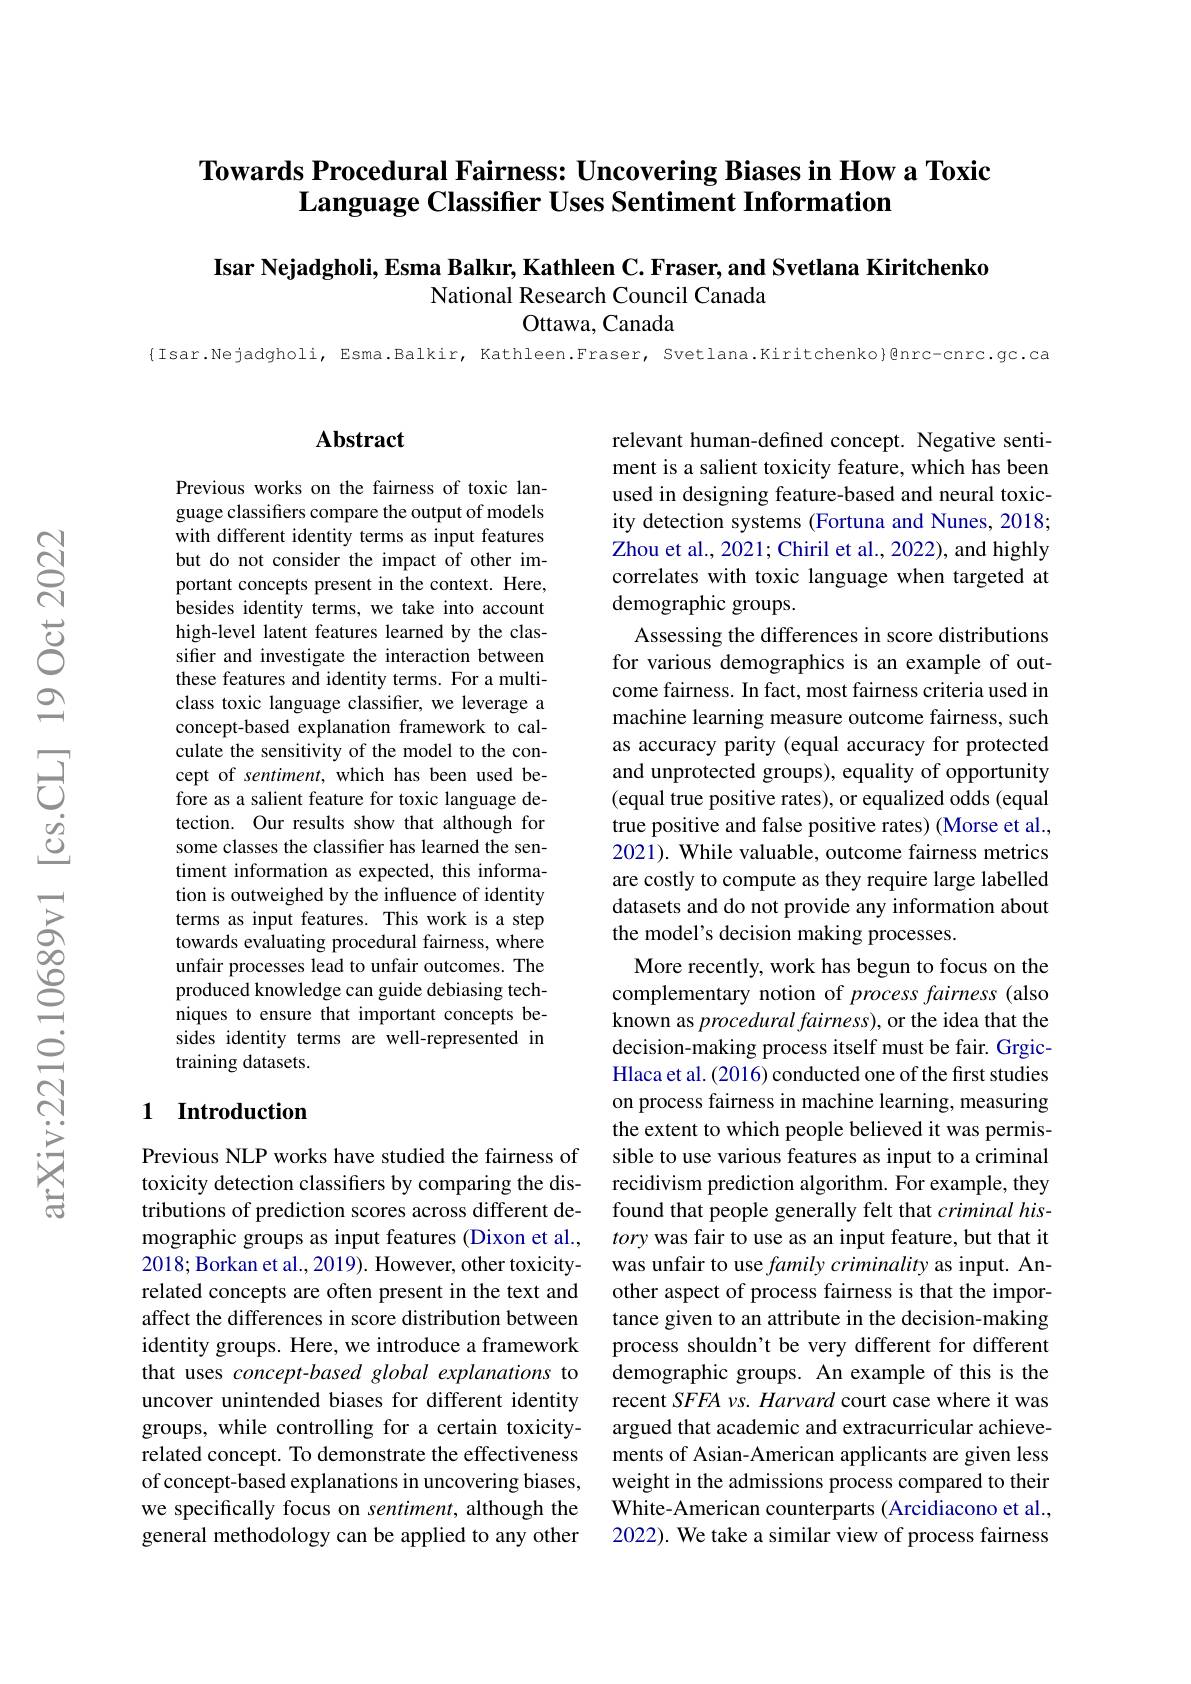
## Towards Procedural Fairness: Uncovering Biases in How a Toxic $\textbf{Language Classifier Uses Sentiment Information}$

Isar Nejadgholi, Esma Balkır, Kathleen C. Fraser, and Svetlana Kiritchenko
National Research Council Canada
## Ottawa, Canada

{Isar.Nejadgholi, Esma.Balkir, Kathleen.Fraser, Svetlana.Kiritchenko}Qnrc-cnrc.gc.ca

### $\mathbf{Abstract}$

Previous works on the fairness of toxic language classifiers compare the output of models with different identity terms as input features but do not consider the impact of other important concepts present in the context. Here, besides identity terms, we take into account high-level latent features learned by the classifier and investigate the interaction between these features and identity terms. For a multiclass toxic language classifier, we leverage a concept-based explanation framework to calculate the sensitivity of the model to the concept of sentiment, which has been used before as a salient feature for toxic language detection. Our results show that although for some classes the classifier has learned the sentiment information as expected, this information is outweighed by the influence of identity terms as input features. This work is a step towards evaluating procedural fairness, where unfair processes lead to unfair outcomes. The produced knowledge can guide debiasing techniques to ensure that important concepts besides identity terms are well-represented in training datasets.

### 1 Introduction

Previous NLP works have studied the fairness of toxicity detection classifiers by comparing the distributions of prediction scores across different demographic groups as input features (Dixon et al., 2018; Borkan et al., 2019). However, other toxicityrelated concepts are often present in the text and affect the differences in score distribution between identity groups. Here, we introduce a framework that uses concept-based global explanations to uncover unintended biases for different identity groups, while controlling for a certain toxicityrelated concept. To demonstrate the effectiveness of concept-based explanations in uncovering biases, we specifically focus on sentiment, although the general methodology can be applied to any other

relevant human-defined concept. Negative sentiment is a salient toxicity feature, which has been used in designing feature-based and neural toxicity detection systems (Fortuna and Nunes, 2018; Zhou et al., 2021; Chiril et al., 2022), and highly correlates with toxic language when targeted at demographic groups.
Assessing the differences in score distributions for various demographics is an example of outcome fairness. In fact, most fairness criteria used in machine learning measure outcome fairness, such as accuracy parity (equal accuracy for protected and unprotected groups), equality of opportunity (equal true positive rates), or equalized odds (equal true positive and false positive rates) (Morse et al., 2021). While valuable, outcome fairness metrics are costly to compute as they require large labelled datasets and do not provide any information about the model's decision making processes.
More recently, work has begun to focus on the complementary notion of process fairness (also known as procedural fairness), or the idea that the decision-making process itself must be fair. GrgicHlaca et al. (2016) conducted one of the first studies on process fairness in machine learning, measuring the extent to which people believed it was permissible to use various features as input to a criminal recidivism prediction algorithm. For example, they found that people generally felt that criminal history was fair to use as an input feature, but that it was unfair to use family criminality as input. Another aspect of process fairness is that the importance given to an attribute in the decision-making process shouldn't be very different for different demographic groups. An example of this is the recent $SFFA$ vs. Harvard court case where it was argued that academic and extracurricular achievements of Asian-American applicants are given less weight in the admissions process compared to their White-American counterparts (Arcidiacono et al., 2022). We take a similar view of process fairness